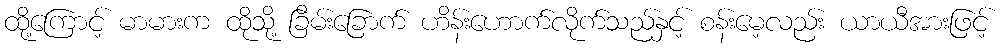
ထို့ကြောင့် မာမားက ထိုသို့ ခြိမ်းခြောက် ဟိန်းဟောက်လိုက်သည်နှင့် စန်းမေ့လည်း ယာယီအားဖြင့်